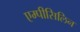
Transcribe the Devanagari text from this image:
एम्पीसिलिन